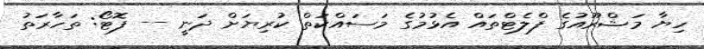
ހިޔާ މަޝްރޫއުގެ ފްލެޓްތައް އެޅުމުގެ މަސައްކަތް ކުރިޔަށް ދަނީ -- ފޮޓޯ: ތަހާރަތު